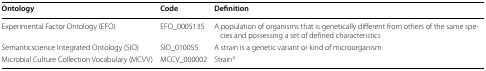
<table><thead><tr><td><b>Ontology</b></td><td><b>Code</b></td><td><b>Definition</b></td></tr></thead><tbody><tr><td>Experimental Factor Ontology (EFO)</td><td>EFO_0005135</td><td>A population of organisms that is genetically different from others of the same species and possessing a set of defined characteristics</td></tr><tr><td>Semanticscience Integrated Ontology (SIO)</td><td>SIO_010055</td><td>A strain is a genetic variant or kind of microorganism</td></tr><tr><td>Microbial Culture Collection Vocabulary (MCVV)</td><td>MCCV_000002</td><td>Strain<sup>a</sup></td></tr></tbody></table>